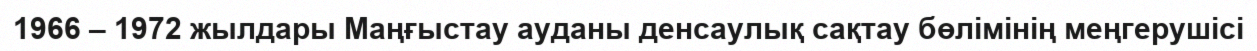
1966 – 1972 жылдары Маңғыстау ауданы денсаулық сақтау бөлімінің меңгерушісі